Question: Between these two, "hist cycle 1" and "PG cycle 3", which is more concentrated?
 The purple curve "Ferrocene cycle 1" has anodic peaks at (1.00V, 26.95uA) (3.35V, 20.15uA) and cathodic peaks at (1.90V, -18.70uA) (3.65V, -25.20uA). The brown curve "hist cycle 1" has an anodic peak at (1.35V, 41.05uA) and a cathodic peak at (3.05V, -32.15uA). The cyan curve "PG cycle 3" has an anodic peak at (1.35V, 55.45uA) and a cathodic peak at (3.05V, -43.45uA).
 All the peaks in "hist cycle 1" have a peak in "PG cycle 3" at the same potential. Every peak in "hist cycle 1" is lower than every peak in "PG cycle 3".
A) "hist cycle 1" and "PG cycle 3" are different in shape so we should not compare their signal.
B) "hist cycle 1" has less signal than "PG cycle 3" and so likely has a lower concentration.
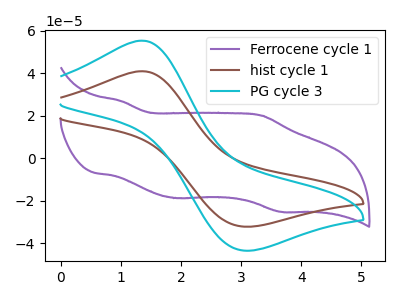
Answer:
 <answer>B) "hist cycle 1" has less signal than "PG cycle 3" and so likely has a lower concentration.</answer>
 <eval>B</eval>